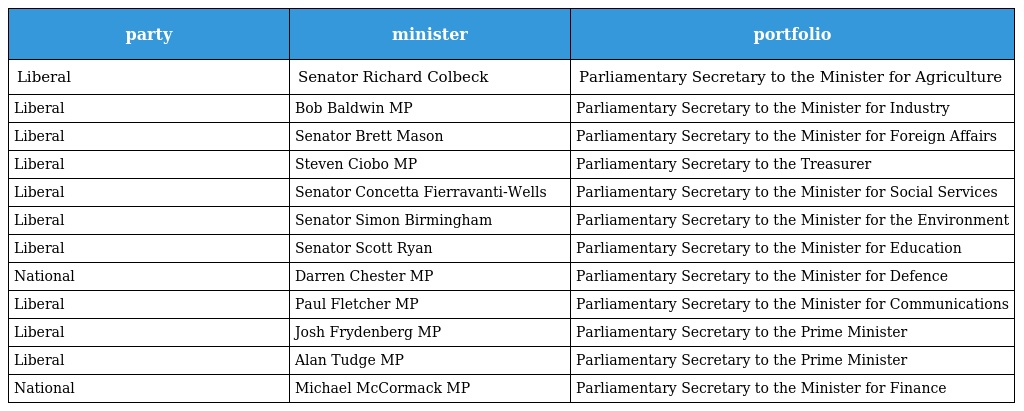
| party | minister | portfolio |
 | --- | --- | --- |
 | Liberal | Senator Richard Colbeck | Parliamentary Secretary to the Minister for Agriculture |
 | Liberal | Bob Baldwin MP | Parliamentary Secretary to the Minister for Industry |
 | Liberal | Senator Brett Mason | Parliamentary Secretary to the Minister for Foreign Affairs |
 | Liberal | Steven Ciobo MP | Parliamentary Secretary to the Treasurer |
 | Liberal | Senator Concetta Fierravanti-Wells | Parliamentary Secretary to the Minister for Social Services |
 | Liberal | Senator Simon Birmingham | Parliamentary Secretary to the Minister for the Environment |
 | Liberal | Senator Scott Ryan | Parliamentary Secretary to the Minister for Education |
 | National | Darren Chester MP | Parliamentary Secretary to the Minister for Defence |
 | Liberal | Paul Fletcher MP | Parliamentary Secretary to the Minister for Communications |
 | Liberal | Josh Frydenberg MP | Parliamentary Secretary to the Prime Minister |
 | Liberal | Alan Tudge MP | Parliamentary Secretary to the Prime Minister |
 | National | Michael McCormack MP | Parliamentary Secretary to the Minister for Finance |